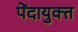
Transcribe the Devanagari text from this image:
पेंदायुक्त